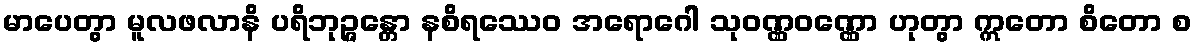
မာပေတွာ မူလဖလာနိ ပရိဘုဉ္ဇန္တော နစိရဿေဝ အရောဂေါ သုဝဏ္ဏဝဏ္ဏော ဟုတွာ ဣတော စိတော စ